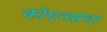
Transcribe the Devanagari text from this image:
कोएनसचा